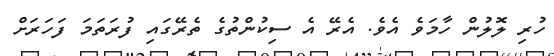
ހުރި ލޮލުން ހާމަވެ އެވެ. އެރޭ އެ ސިކުންތުގެ ތެރޭގައި ފުރަތަމަ ފަހަރަށް